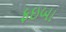
ફઇબા